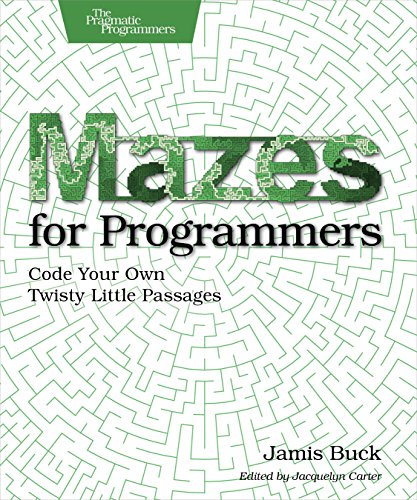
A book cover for Mazes for Programmers: Code Your Own Twisty Little Passages; Jamis Buck; Computers & Technology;